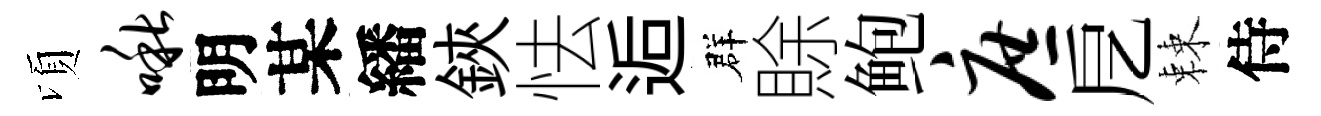
頃啾明某繙鋏怯逅群賖鲍庶戹棘侍